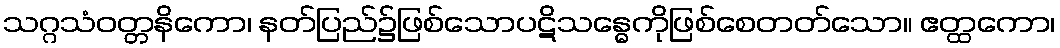
သဂ္ဂသံဝတ္တနိကော၊ နတ်ပြည်၌ဖြစ်သောပဋိသန္ဓေကိုဖြစ်စေတတ်သော။ ဧတ္ထကော၊